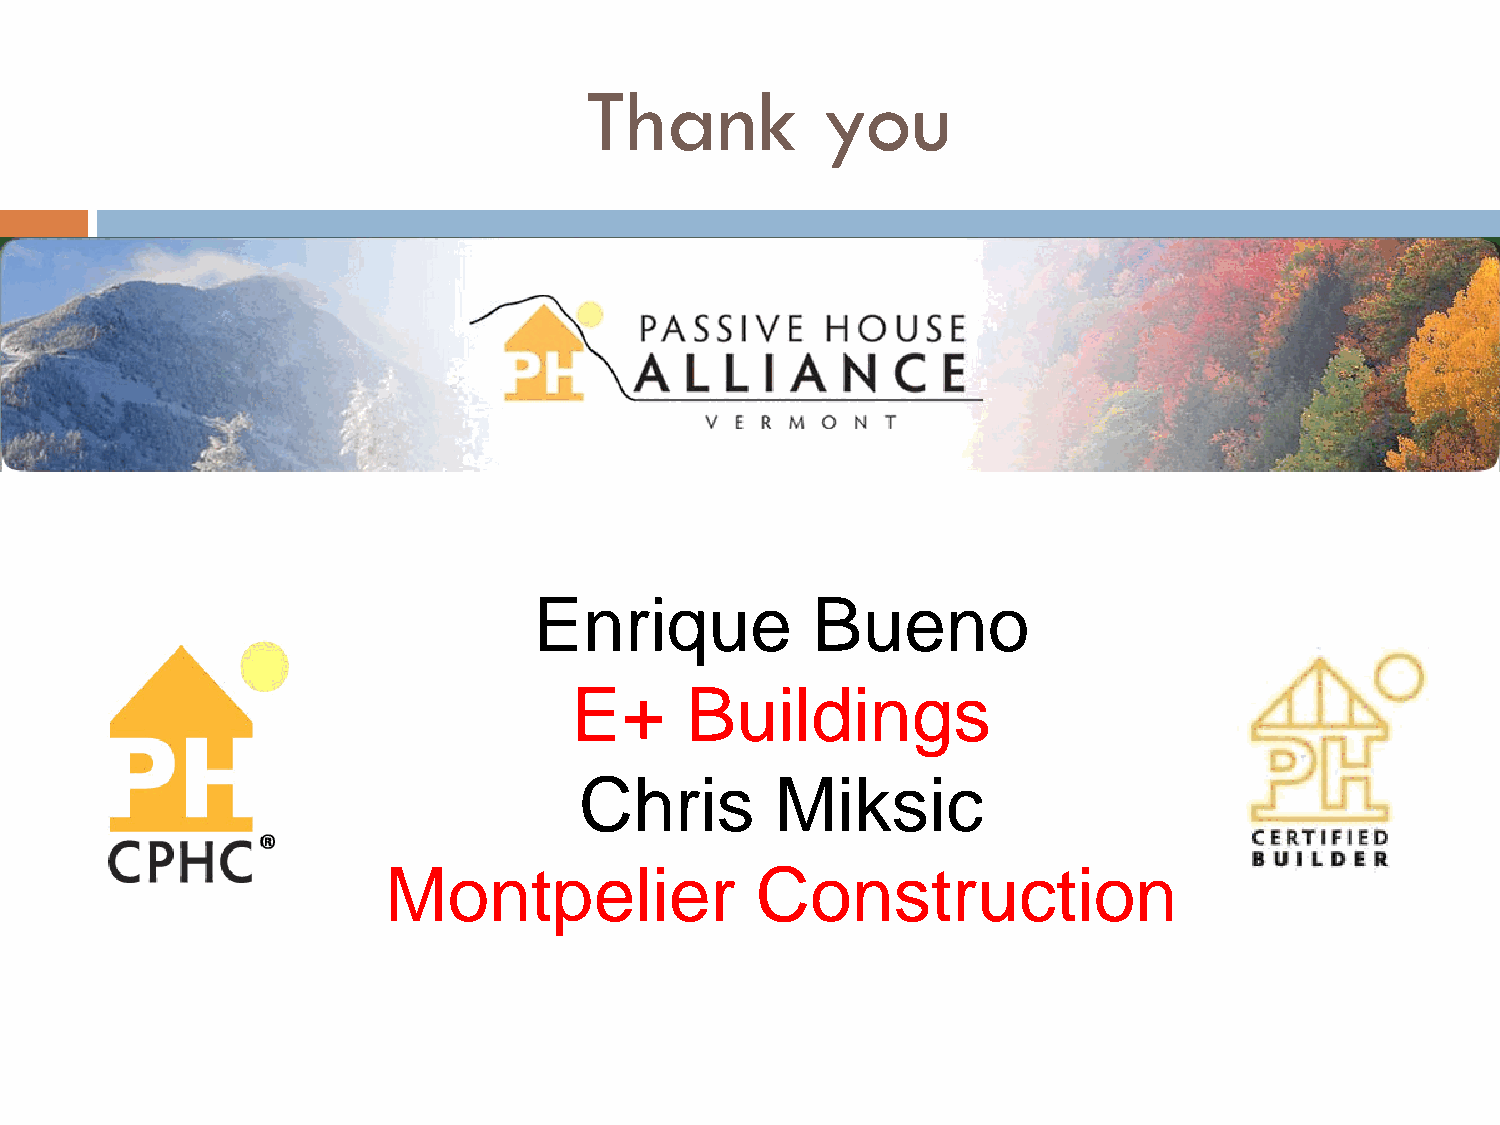
Thank          you
 Enrique            Bueno
 E+     Buildings
 Chris        Miksic
 Montpelier               Construction